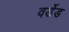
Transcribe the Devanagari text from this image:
वर्डेड